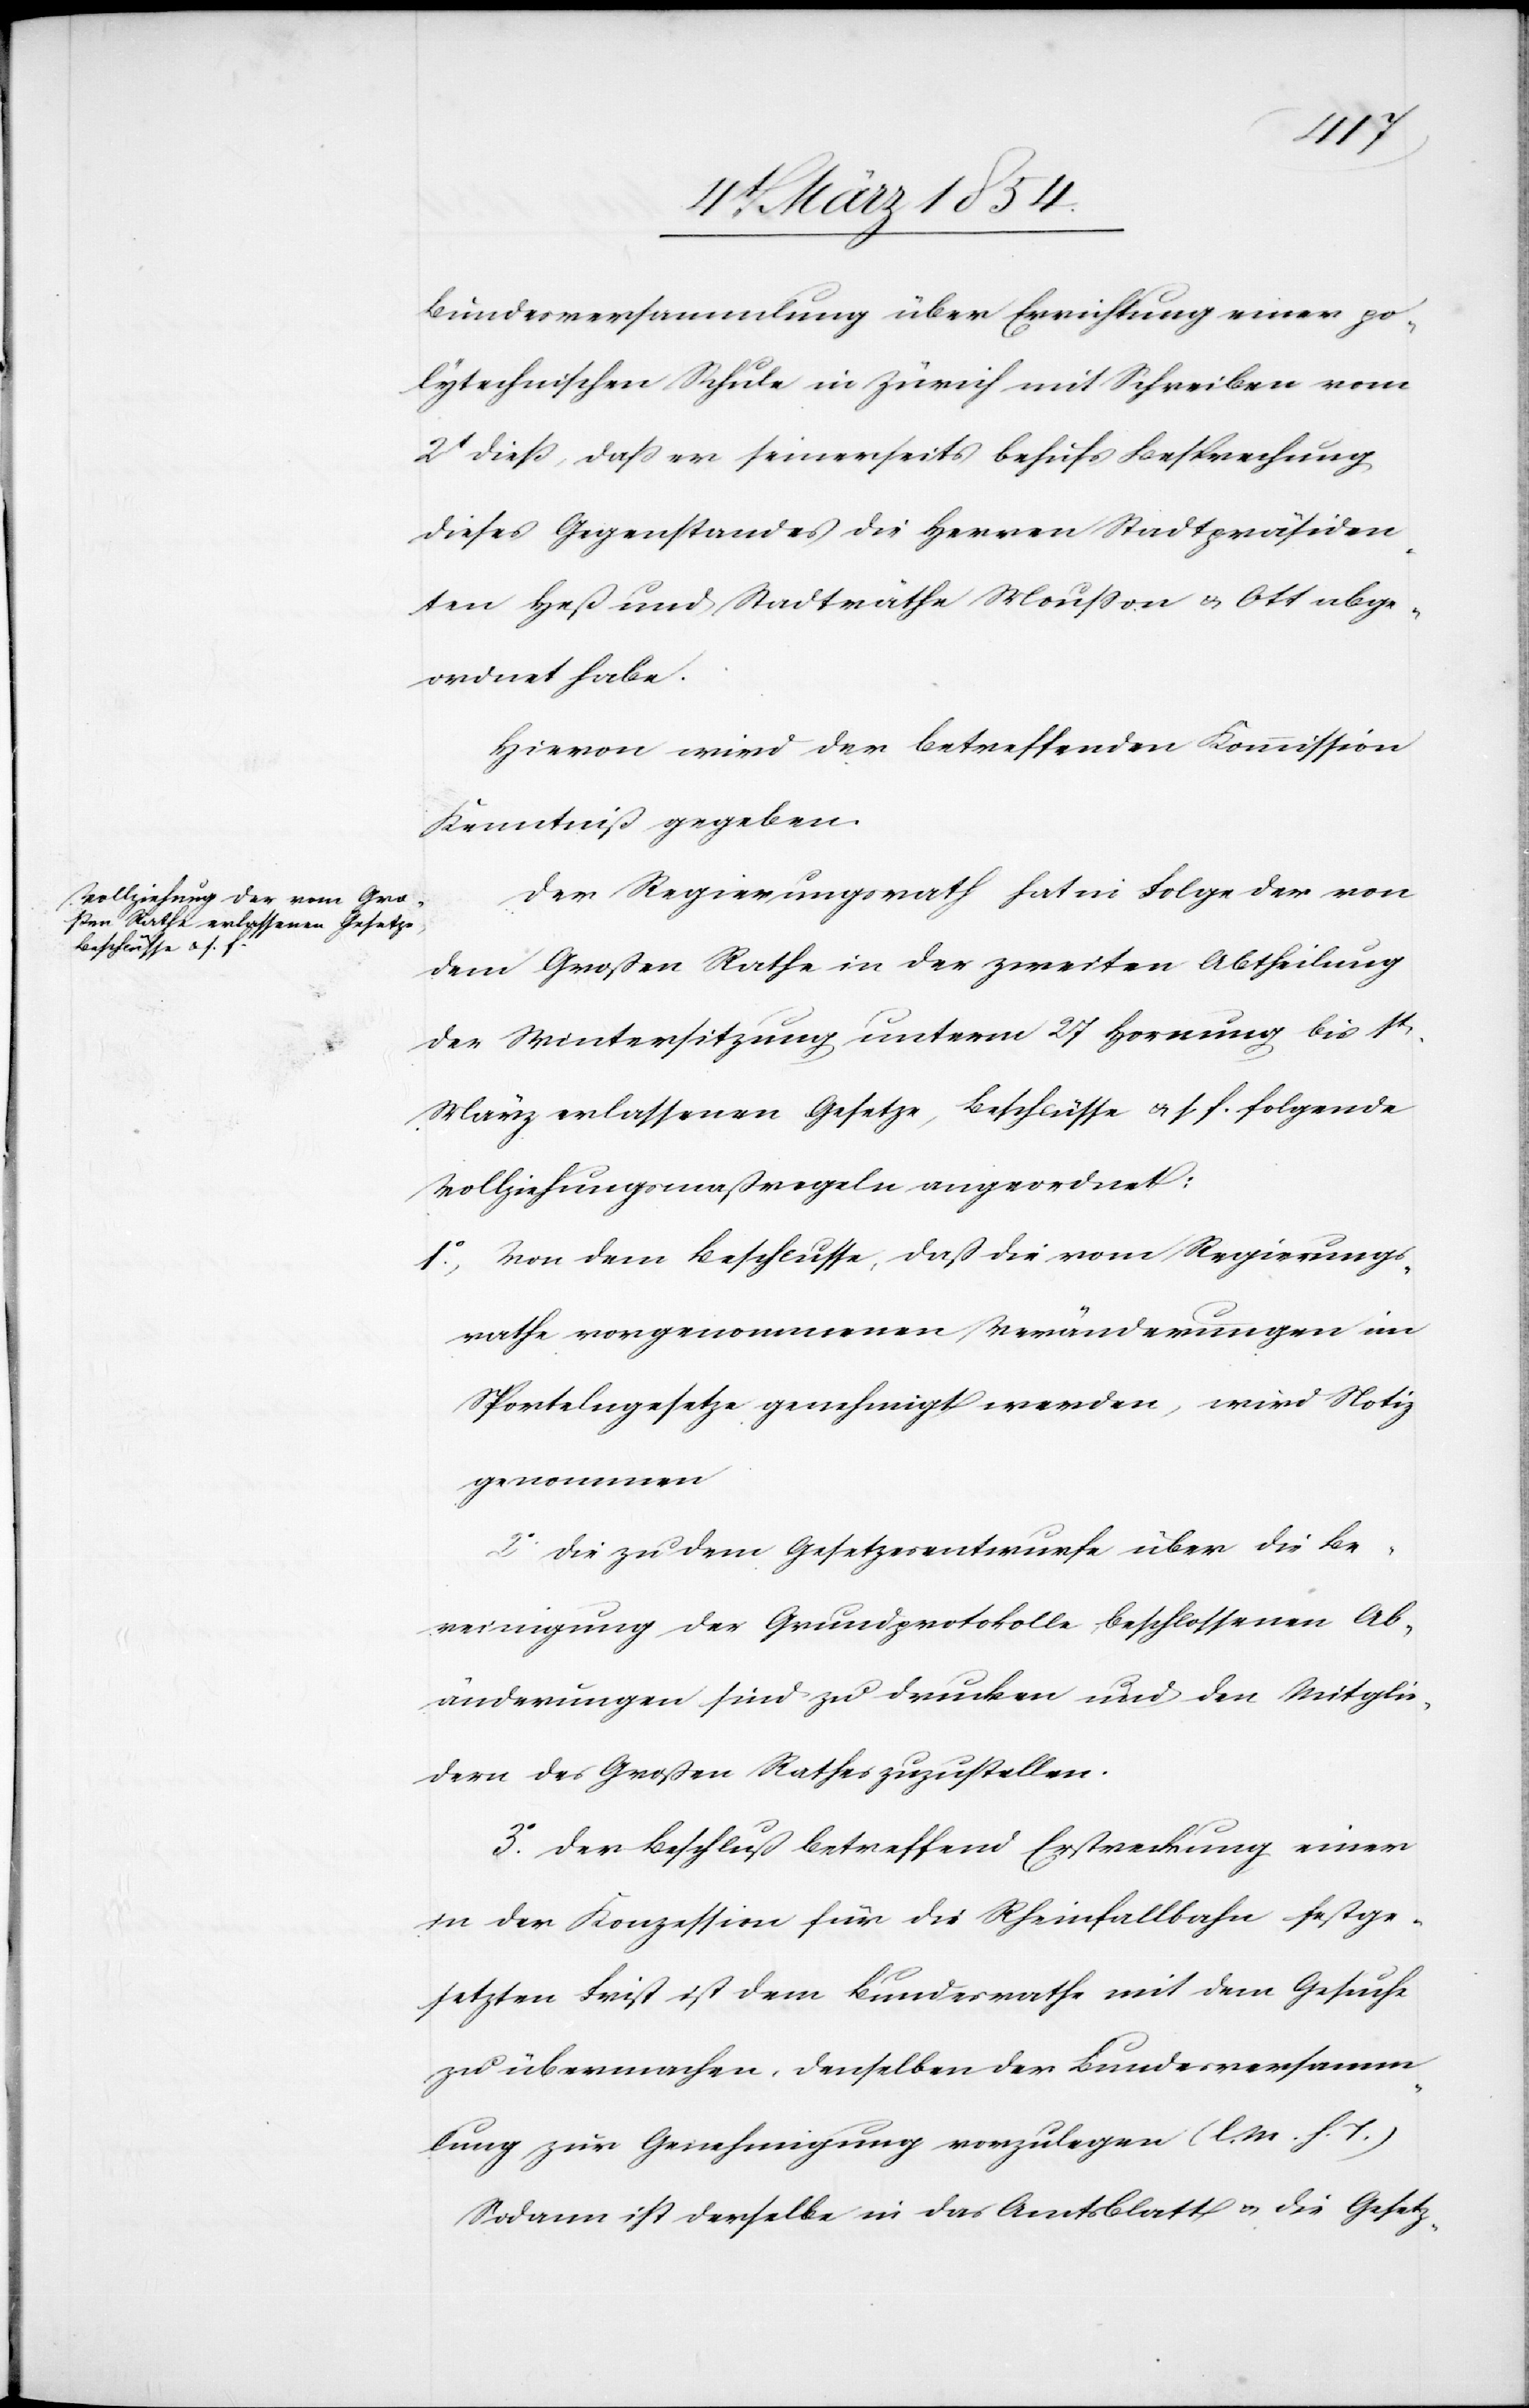
Bundesversammlung über Errichtung einer po¬
lytechnischen Schule in Zürich mit Schreiben vom
2t dieß, daß er seinerseits behufs Besprechung
dieses Gegenstandes die Herren Stadtpräsiden¬
ten Heß und Stadträthe Moußon u. Ott abge¬
ordnet habe.
Hievon wird der betreffenden Kommission
Kenntniß gegeben.
Der Regierungsrath hat in Folge der von
dem Großen Rathe in der zweiten Abtheilung
der Wintersitzung unterm 27 Hornung bis 1t
März erlassenen Gesetze, Beschlüsse u s f. folgende
Vollziehungsmaßregeln angeordnet:
1o Von dem Beschlusse, daß die vom Regierungs¬
rathe vorgenommenen Veränderungen im
Sportelgesetze genehmigt werden, wird Notiz
genommen
2o Die zu dem Gesetzesentwurf über die Be¬
reinigung der Grundprotokolle beschlossenen Ab¬
änderungen sind zu drucken und den Mitglie¬
dern des Großen Rathes zuzustellen.
3o Der Beschluß betreffend Erstreckung einer
in der Konzession für die Rheinfallbahn festge¬
setzten Frist ist dem Bundesrathe mit dem Gesuche
zu übermachen, denselben der Bundesversamm¬
lung zur Genehmigung vorzulegen (l. M. h T.)
Sodann ist derselbe in das Amtsblatt u. die Gesetz-